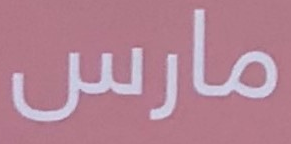
مارس